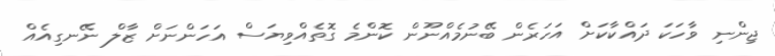
ޖިންނި ވާހަކަ ދައްކާކަށް އަހަރެން ބޭނުމެއްނޫން ކޮންމެ ގޮތެއްވިޔަސް އަހަންނަށް ޒާލް ނޭނގިއެއް